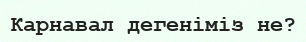
Карнавал дегеніміз не?